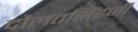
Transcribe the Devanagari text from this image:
दौलतसिंहजी